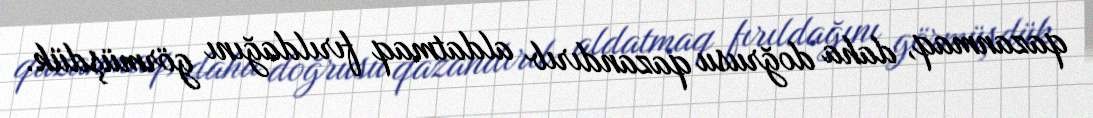
qazanmaq, daha doğrusu qazandırıb aldatmaq fırıldağını görmüşdük.